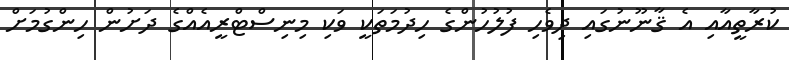
ކުރާތީއާއި އެ ޤާނޫނުގައި ދިވެހި ފުލުހުންގެ ހިދުމަތަކީ ވަކި މިނިސްޓްރީއެއްގެ ދަށުން ހިންގުމަށް